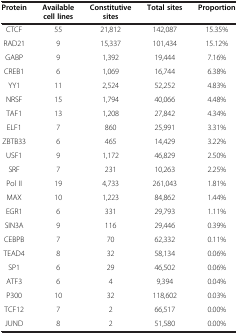
| Protein | Available cell lines | Constitutive sites | Total sites | Proportion |
 | --- | --- | --- | --- | --- |
 | CTCF | 55 | 21,812 | 142,087 | 15.35% |
 | RAD21 | 9 | 15,337 | 101,434 | 15.12% |
 | GABP | 9 | 1,392 | 19,444 | 7.16% |
 | CREB1 | 6 | 1,069 | 16,744 | 6.38% |
 | YY1 | 11 | 2,524 | 52,252 | 4.83% |
 | NRSF | 15 | 1,794 | 40,066 | 4.48% |
 | TAF1 | 13 | 1,208 | 27,842 | 4.34% |
 | ELF1 | 7 | 860 | 25,991 | 3.31% |
 | ZBTB33 | 6 | 465 | 14,429 | 3.22% |
 | USF1 | 9 | 1,172 | 46,829 | 2.50% |
 | SRF | 7 | 231 | 10,263 | 2.25% |
 | Pol II | 19 | 4,733 | 261,043 | 1.81% |
 | MAX | 10 | 1,223 | 84,862 | 1.44% |
 | EGR1 | 6 | 331 | 29,793 | 1.11% |
 | SIN3A | 9 | 116 | 29,446 | 0.39% |
 | CEBPB | 7 | 70 | 62,332 | 0.11% |
 | TEAD4 | 8 | 32 | 58,134 | 0.06% |
 | SP1 | 6 | 29 | 46,502 | 0.06% |
 | ATF3 | 6 | 4 | 9,394 | 0.04% |
 | P300 | 10 | 32 | 118,602 | 0.03% |
 | TCF12 | 7 | 2 | 66,517 | 0.00% |
 | JUND | 8 | 2 | 51,580 | 0.00% |